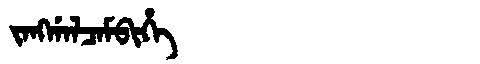
Manchu: ᠵᠠᠩᡤᠠᠯᠴᠠᠮᠪᡳᡥᡝ
Romanization: JANGGALCAMBIHE